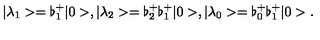
\vert \lambda _ { 1 } > = \flat _ { 1 } ^ { + } \vert 0 > , \vert \lambda _ { 2 } > = \flat _ { 2 } ^ { + } \flat _ { 1 } ^ { + } \vert 0 > , \vert \lambda _ { 0 } > = \flat _ { 0 } ^ { + } \flat _ { 1 } ^ { + } \vert 0 > .